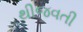
થીજવતી